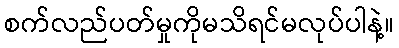
စက်လည်ပတ်မှုကိုမသိရင်မလုပ်ပါနဲ့။